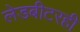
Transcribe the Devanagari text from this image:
लेडबीटरही